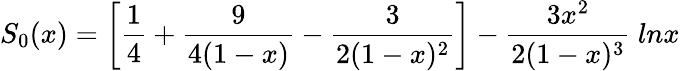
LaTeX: S_{0}(x)=\left[\frac{1}{4}+\frac{9}{4(1-x)}-\frac{3}{2(1-x)^{2}}\right]-\frac{3x^{2}}{2(1-x)^{3}}~lnx